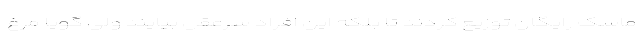
ماسک رایگان توزیع کردند تا بلکه این افراد سرعقل بیایند ولی گویا مرغ